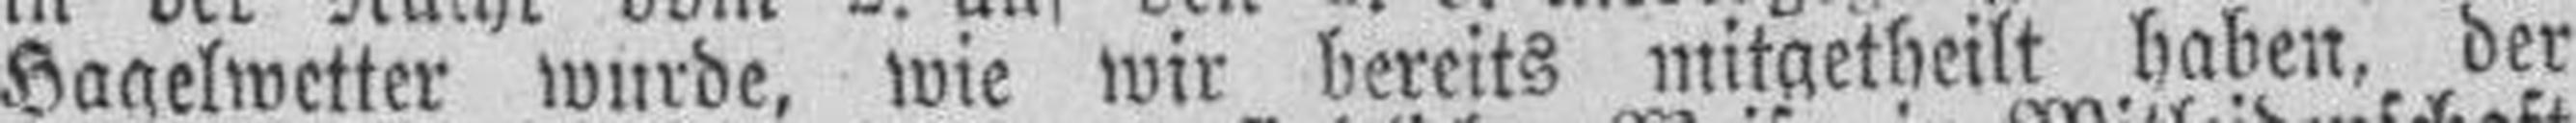
Hagelwetter wurde, wie wir bereits mitgetheilt haben, der